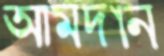
আমদান